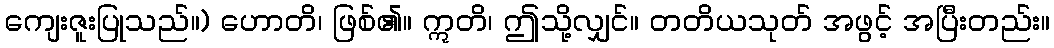
ကျေးဇူးပြုသည်။) ဟောတိ၊ ဖြစ်၏။ ဣတိ၊ ဤသို့လျှင်။ တတိယသုတ် အဖွင့် အပြီးတည်း။